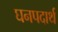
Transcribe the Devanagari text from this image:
घनपदार्थ